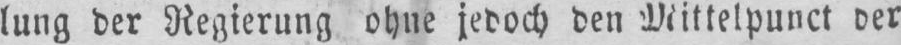
lung der Regierung ohne jedoch den Mittelpunct der